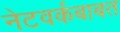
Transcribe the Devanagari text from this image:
नेटवर्कबाबत